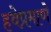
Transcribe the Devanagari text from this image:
हवेप्रमाणे